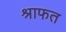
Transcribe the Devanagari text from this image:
श्राफत